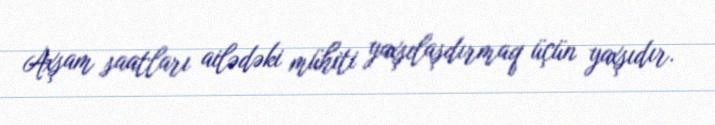
Axşam saatları ailədəki mühiti yaxşılaşdırmaq üçün yaxşıdır.